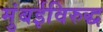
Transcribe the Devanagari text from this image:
मुंबईविरुद्ध